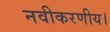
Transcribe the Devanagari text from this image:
नवीकरणीय।